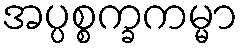
အပ္ပစ္စက္ခကမ္မာ